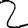
Digit: 2